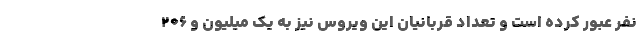
نفر عبور کرده است و تعداد قربانیان این ویروس نیز به یک میلیون و ۲۰۶